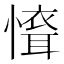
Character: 𢡐